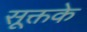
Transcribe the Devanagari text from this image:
सूक्तके